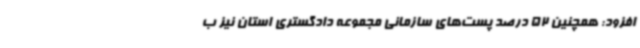
افزود: همچنین 52 درصد پست‌های سازمانی مجموعه دادگستری استان نیز ب